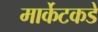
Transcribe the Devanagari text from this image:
मार्केटकडे